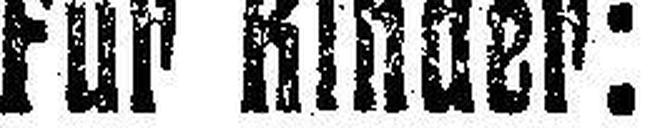
Für Kinder: